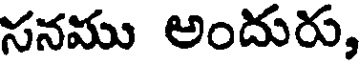
సనము అందురు,